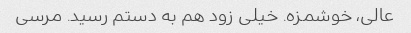
عالی، خوشمزه. خیلی زود هم به دستم رسید. مرسی